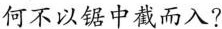
何不以锯中截而入?